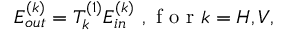
E _ { o u t } ^ { ( k ) } = T _ { k } ^ { ( 1 ) } E _ { i n } ^ { ( k ) } \mathrm { ~ , ~ f ~ o ~ r ~ } k = H , V ,